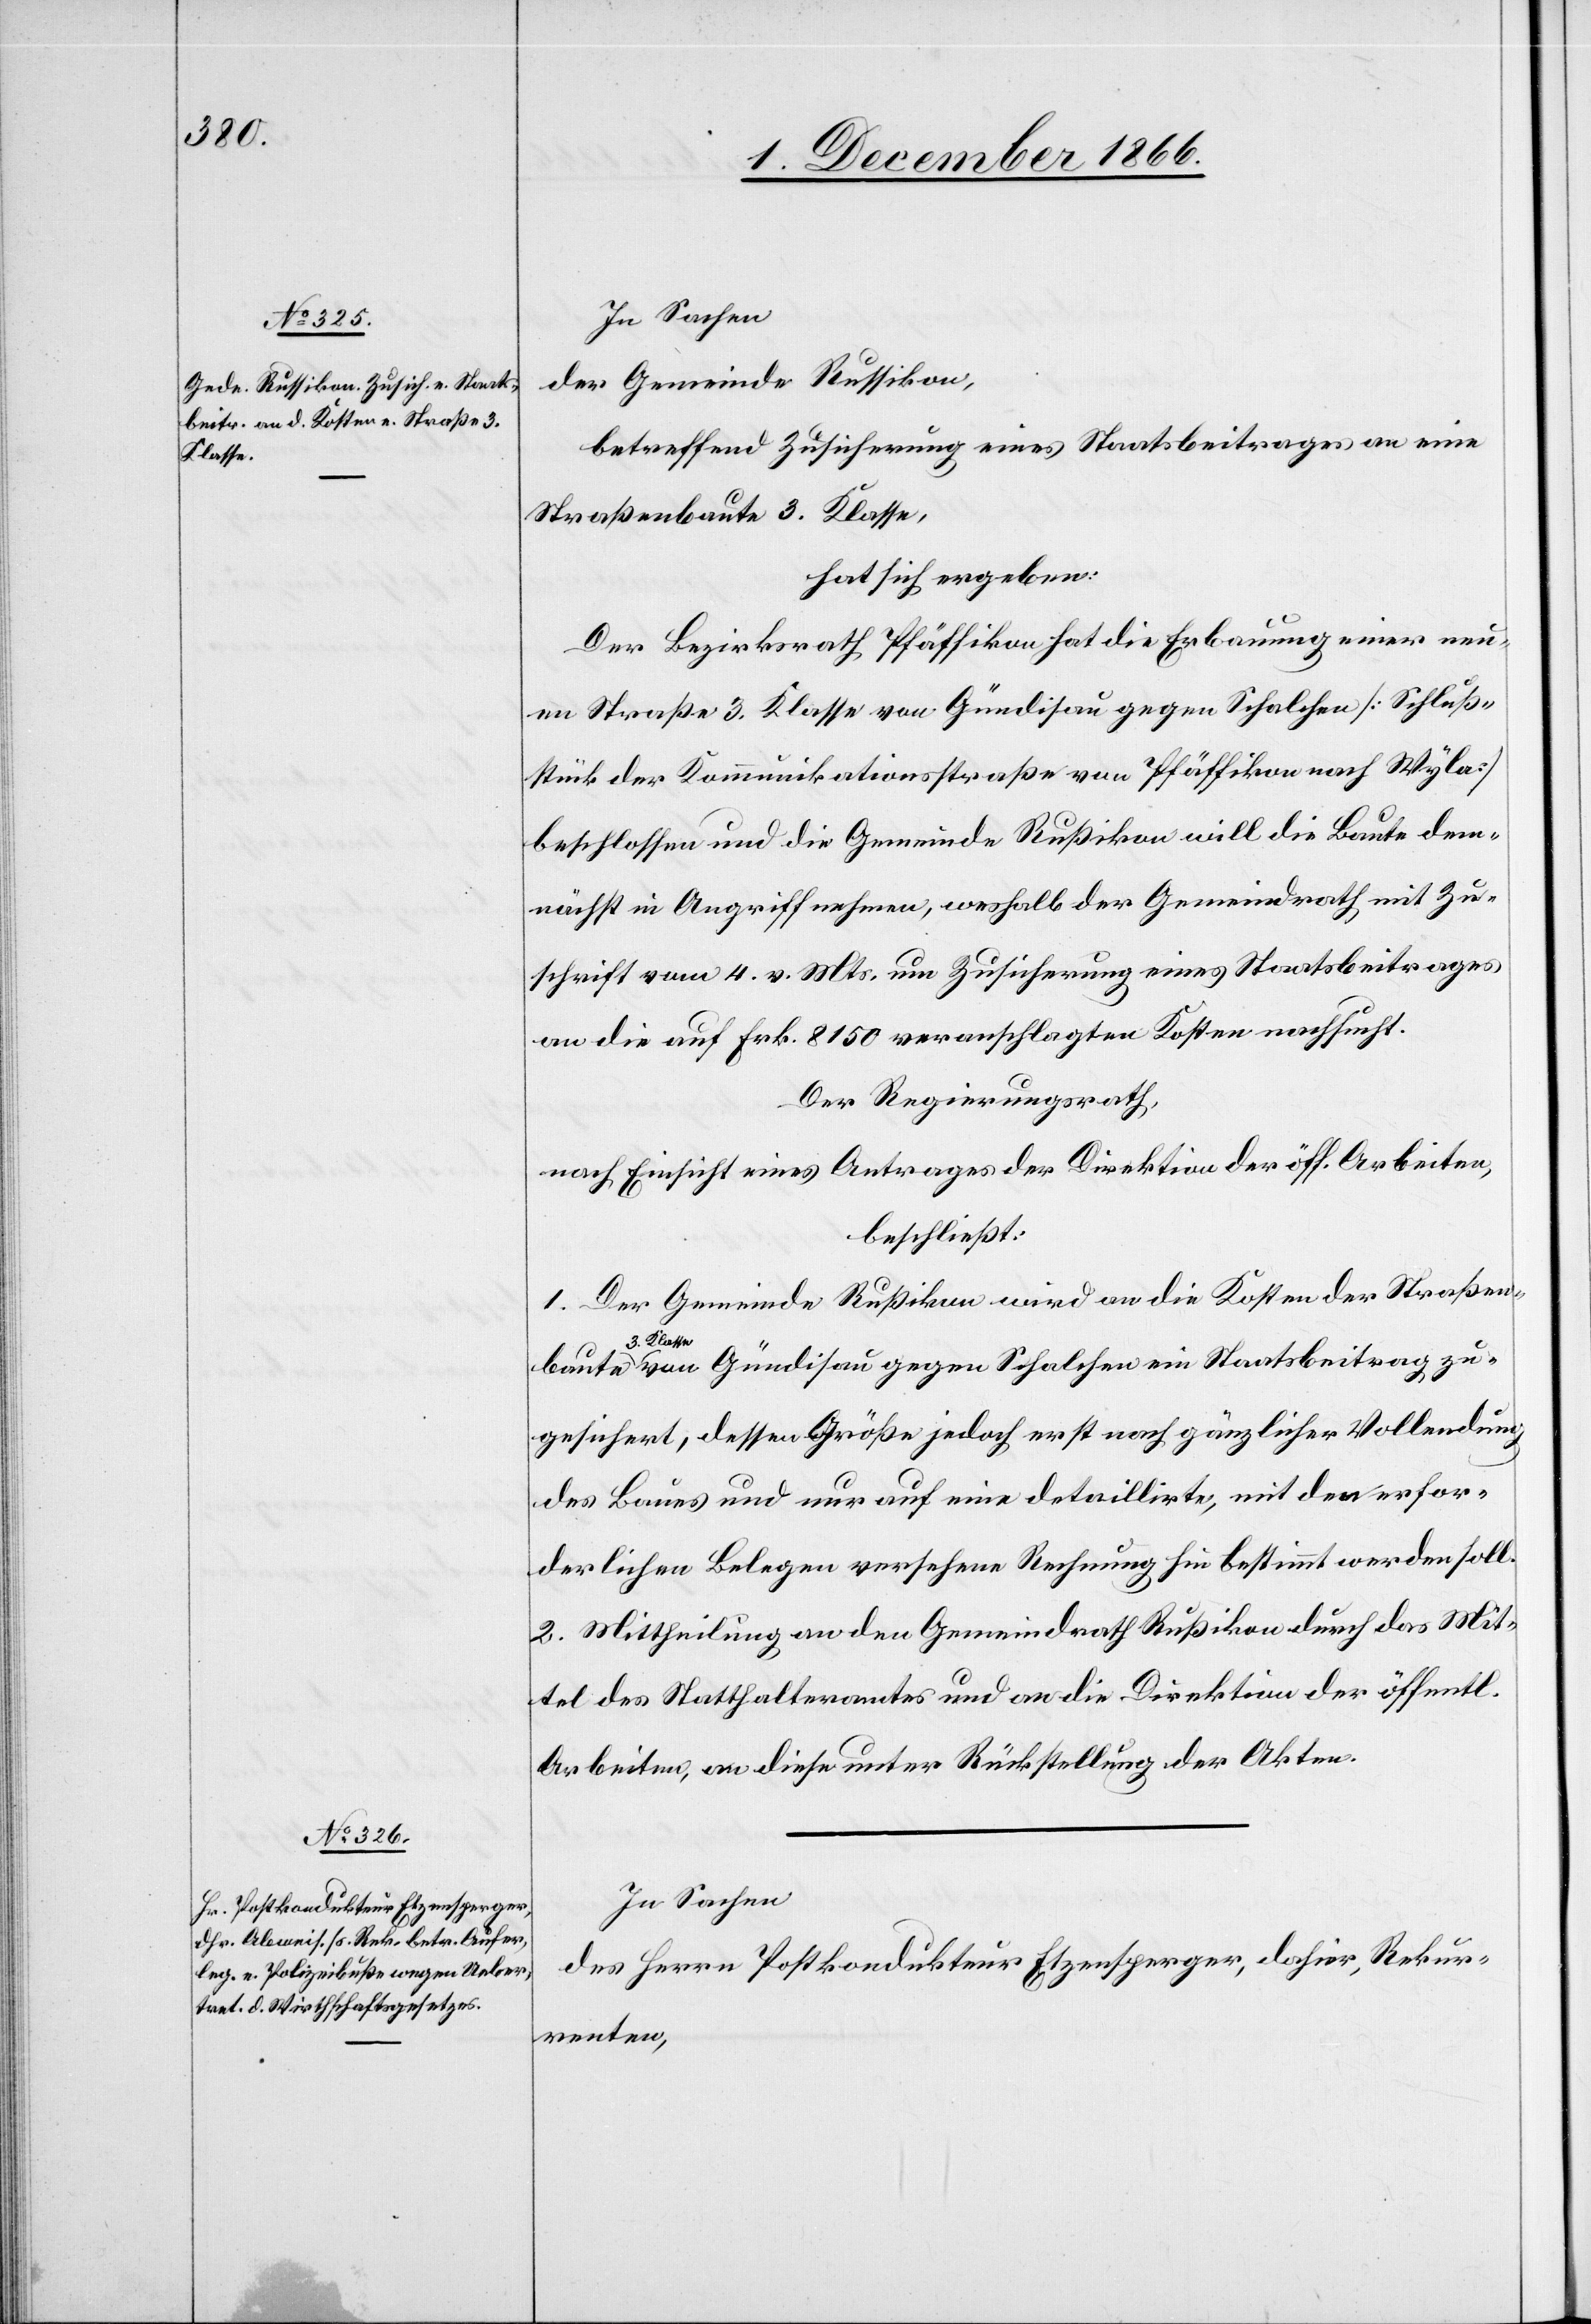
baute

In Sachen
der Gemeinde Russikon,
betreffend Zusicherung eines Staatsbeitrages an eine
Straßenbaute 3. Klasse,
hat sich ergeben:
Der Bezirksrath Pfäffikon hat die Erbauung einer neu¬
en Straße 3. Klasse von Gündisau gegen Schalchen [Schluß¬
stück der Kommunikationsstraße von Pfäffikon nach Wyla]
beschlossen und die Gemeinde Rußikon [sic!] will die Baute dem¬
nächst in Angriff nehmen, weshalb der Gemeindrath mit Zu¬
schrift vom 4. v. Mts. um Zusicherung eines Staatsbeitrages
an die auf Frk. 8150 veranschlagten Kosten nachsucht.
Der Regierungsrath,
nach Einsicht eines Antrages der Direktion der öff. Arbeiten,
beschließt:
1. Der Gemeinde Rußikon wird an die Kosten der Straßen¬
3. K¬
lasse von Gündisau gegen Schalchen ein Staatsbeitrag zu¬
gesichert, dessen Größe jedoch erst nach gänzlicher Vollendung
des Baues und nur auf eine detaillirte, mit den erfor¬
derlichen Belegen versehenen Rechnung hin bestimmt werden soll.
2. Mittheilung an den Gemeindrath Rußikon durch das Mit¬
tel des Statthalteramtes und an die Direktion der öffentl.
Arbeiten, an diese unter Rückstellung der Akten.
In Sachen
des Herrn Postkondukteur Etzensperger, dahier, Rekur¬
renten,